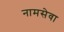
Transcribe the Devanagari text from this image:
नामसेवा